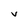
Character: v